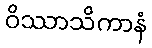
ဝိဿာသိကာနံ